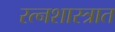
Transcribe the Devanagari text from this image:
रत्नशास्त्रात